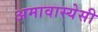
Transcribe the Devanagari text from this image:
अमावास्येसी